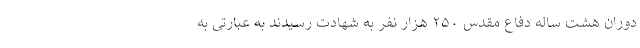
دوران هشت ساله دفاع مقدس ۲۵۰ هزار نفر به شهادت رسیدند به عبارتی به